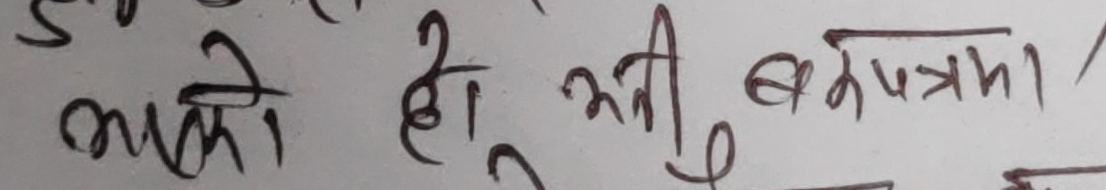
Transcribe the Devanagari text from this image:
भएको हो, अनि बकपत्रमा